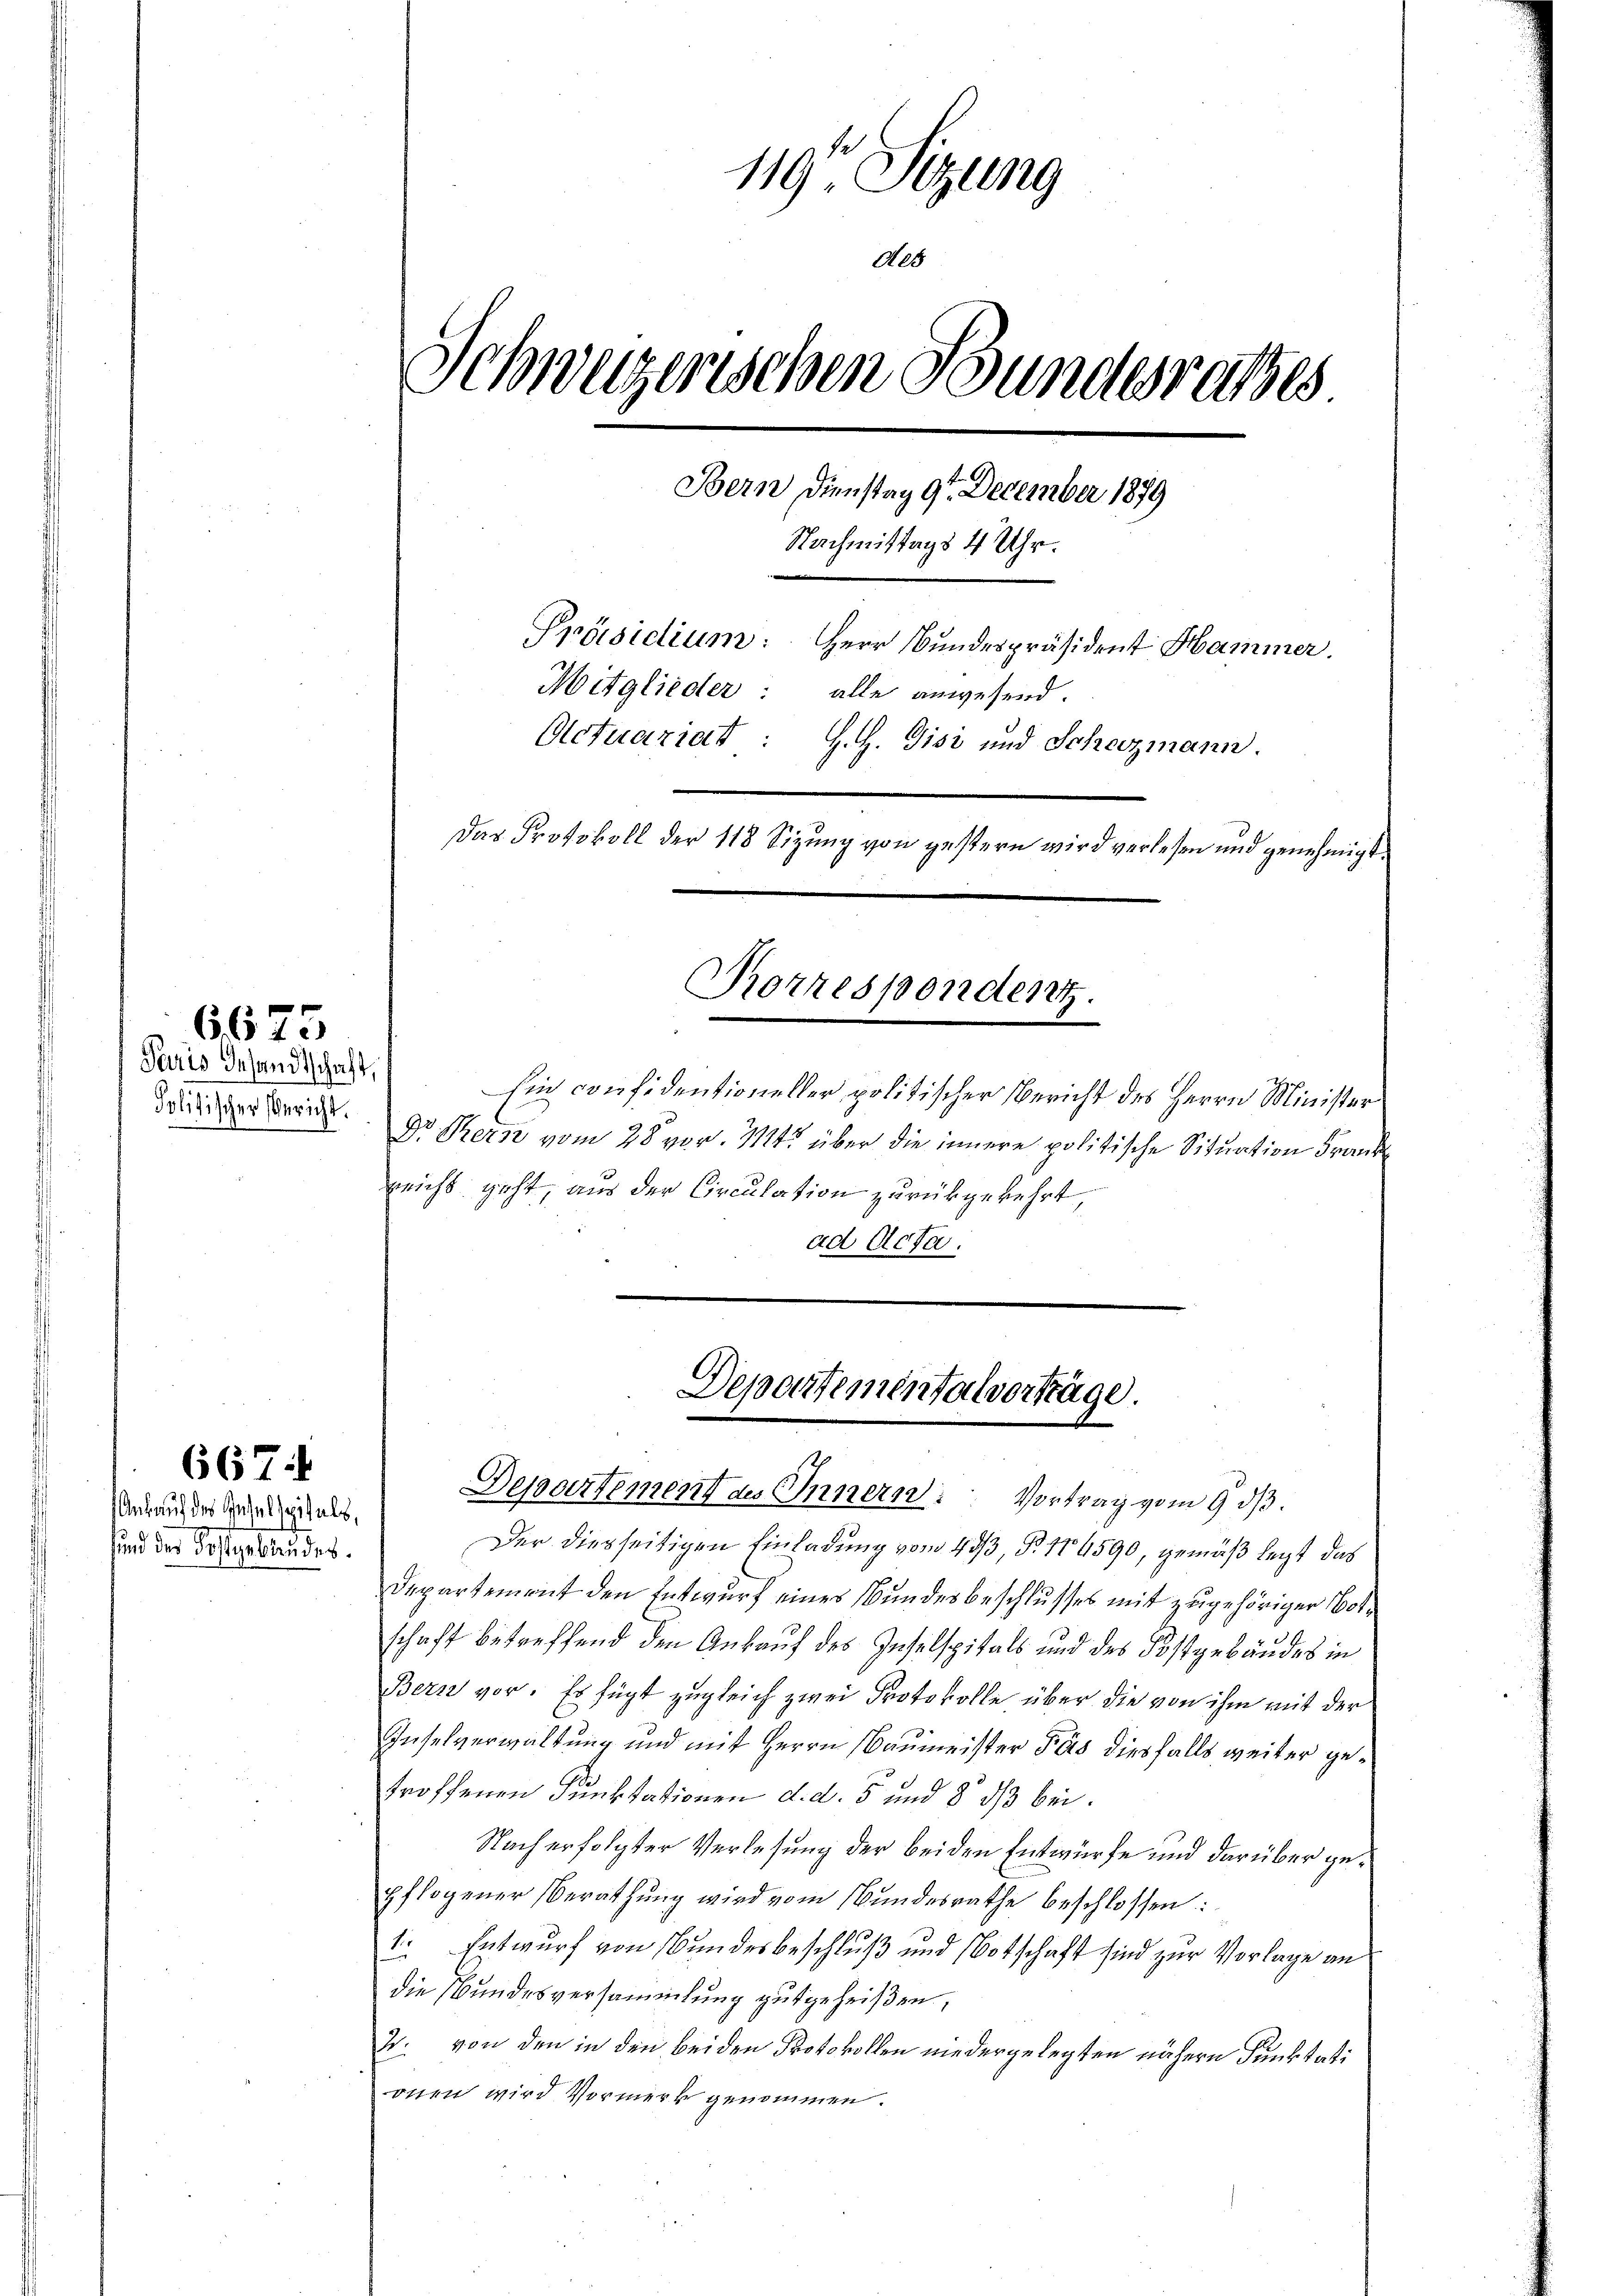
Paris Gesandtschaft,
Politischer Bericht.

6675

Ankauf des Geselspitals,
sund der Kostgebäudes.

667

119 Sizung
Aeg
Schwyzerischen Bundesrathes
4. G
Bern Dienstag 9. December 1879
Nachmittags 4 Uhr.
Präsidium: Herr Bundespräsident Hammer.
Mitglieder:
alle anwesend.
Actuariat : H.H. Gisi und Schazmann.
Das Protokoll der 118 Sizung von gestern wird verlesen und genehmigt.

Korrespondenz.

Ein confidentioneller politischer Bericht des Herrn Minister
Dr. Bern vom 28 vor. Mts. über die innere politische Situation Franke
reichs geht, aus der Circulation zurückgekehrt
ad Acta.

Departementalvorträge.
Departement des Innern: Vortrag vom 9. dβ.

Der diesseitigen Einladung vom 433, § 114590, gemäß legt das
Departement den Entwurf eines Bundesbeschlusses mit zugehöriger Botschaft betreffend den Ankauf des Inselspitals und des Postgebäudes in
Bern vor. Es fügt zugleich zwei Protokolle über die von ihm mit der
Inselverwaltung und mit Herrn Baumeister das diesfalls weiter getroffenen Funktationen d. d. 5 und 8 dß bei.
Nach erfolgter Verlesung der beiden Entwürfe und darüber gepflogener Berathŭng wird vom Bundesrathe beschlossen:
1. Entwurf von Bundesbeschluß und Botschaft sind zur Vorlage an
die Bundesversammlung gutgeheißen,
2. von den in den beiden Protokollen niedergelegten nähere Funktati
onen wird Vormerk genommen.